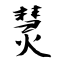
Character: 熭